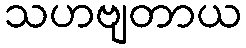
သဟဗျတာယ